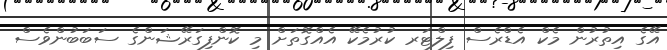
އޭގެ އިތުރުން މެކް އެޑްރެސް ފިލްޓަރ ކުރުމެކޭ އެއްގޮތަށް މި ކޮންފިގަރޭޝަންގެ ސަބަބުންވެސް